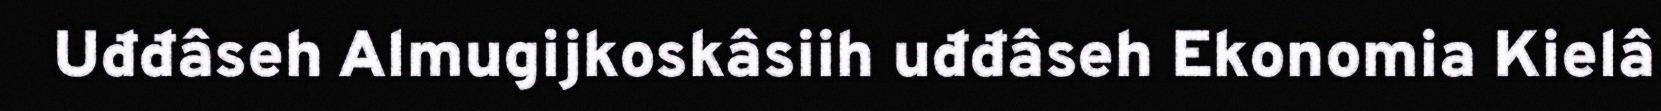
Uđđâseh Almugijkoskâsiih uđđâseh Ekonomia Kielâ